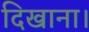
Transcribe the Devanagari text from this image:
दिखाना।